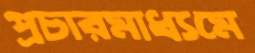
প্রচারমাধ্যমে